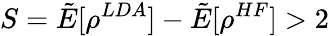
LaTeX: S=\tilde{E}[\rho^{LDA}]-\tilde{E}[\rho^{HF}]>2